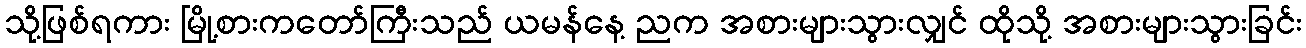
သို့ဖြစ်ရကား မြို့စားကတော်ကြီးသည် ယမန်နေ့ ညက အစားများသွားလျှင် ထိုသို့ အစားများသွားခြင်း